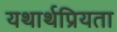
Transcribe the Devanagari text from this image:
यथार्थप्रियता